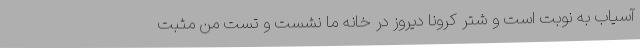
آسیاب به نوبت است و شتر کرونا دیروز در خانه ما نشست و تست من مثبت